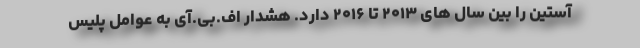
آستین را بین سال های ۲۰۱۳ تا ۲۰۱۶ دارد. هشدار اف.بی.آی به عوامل پلیس